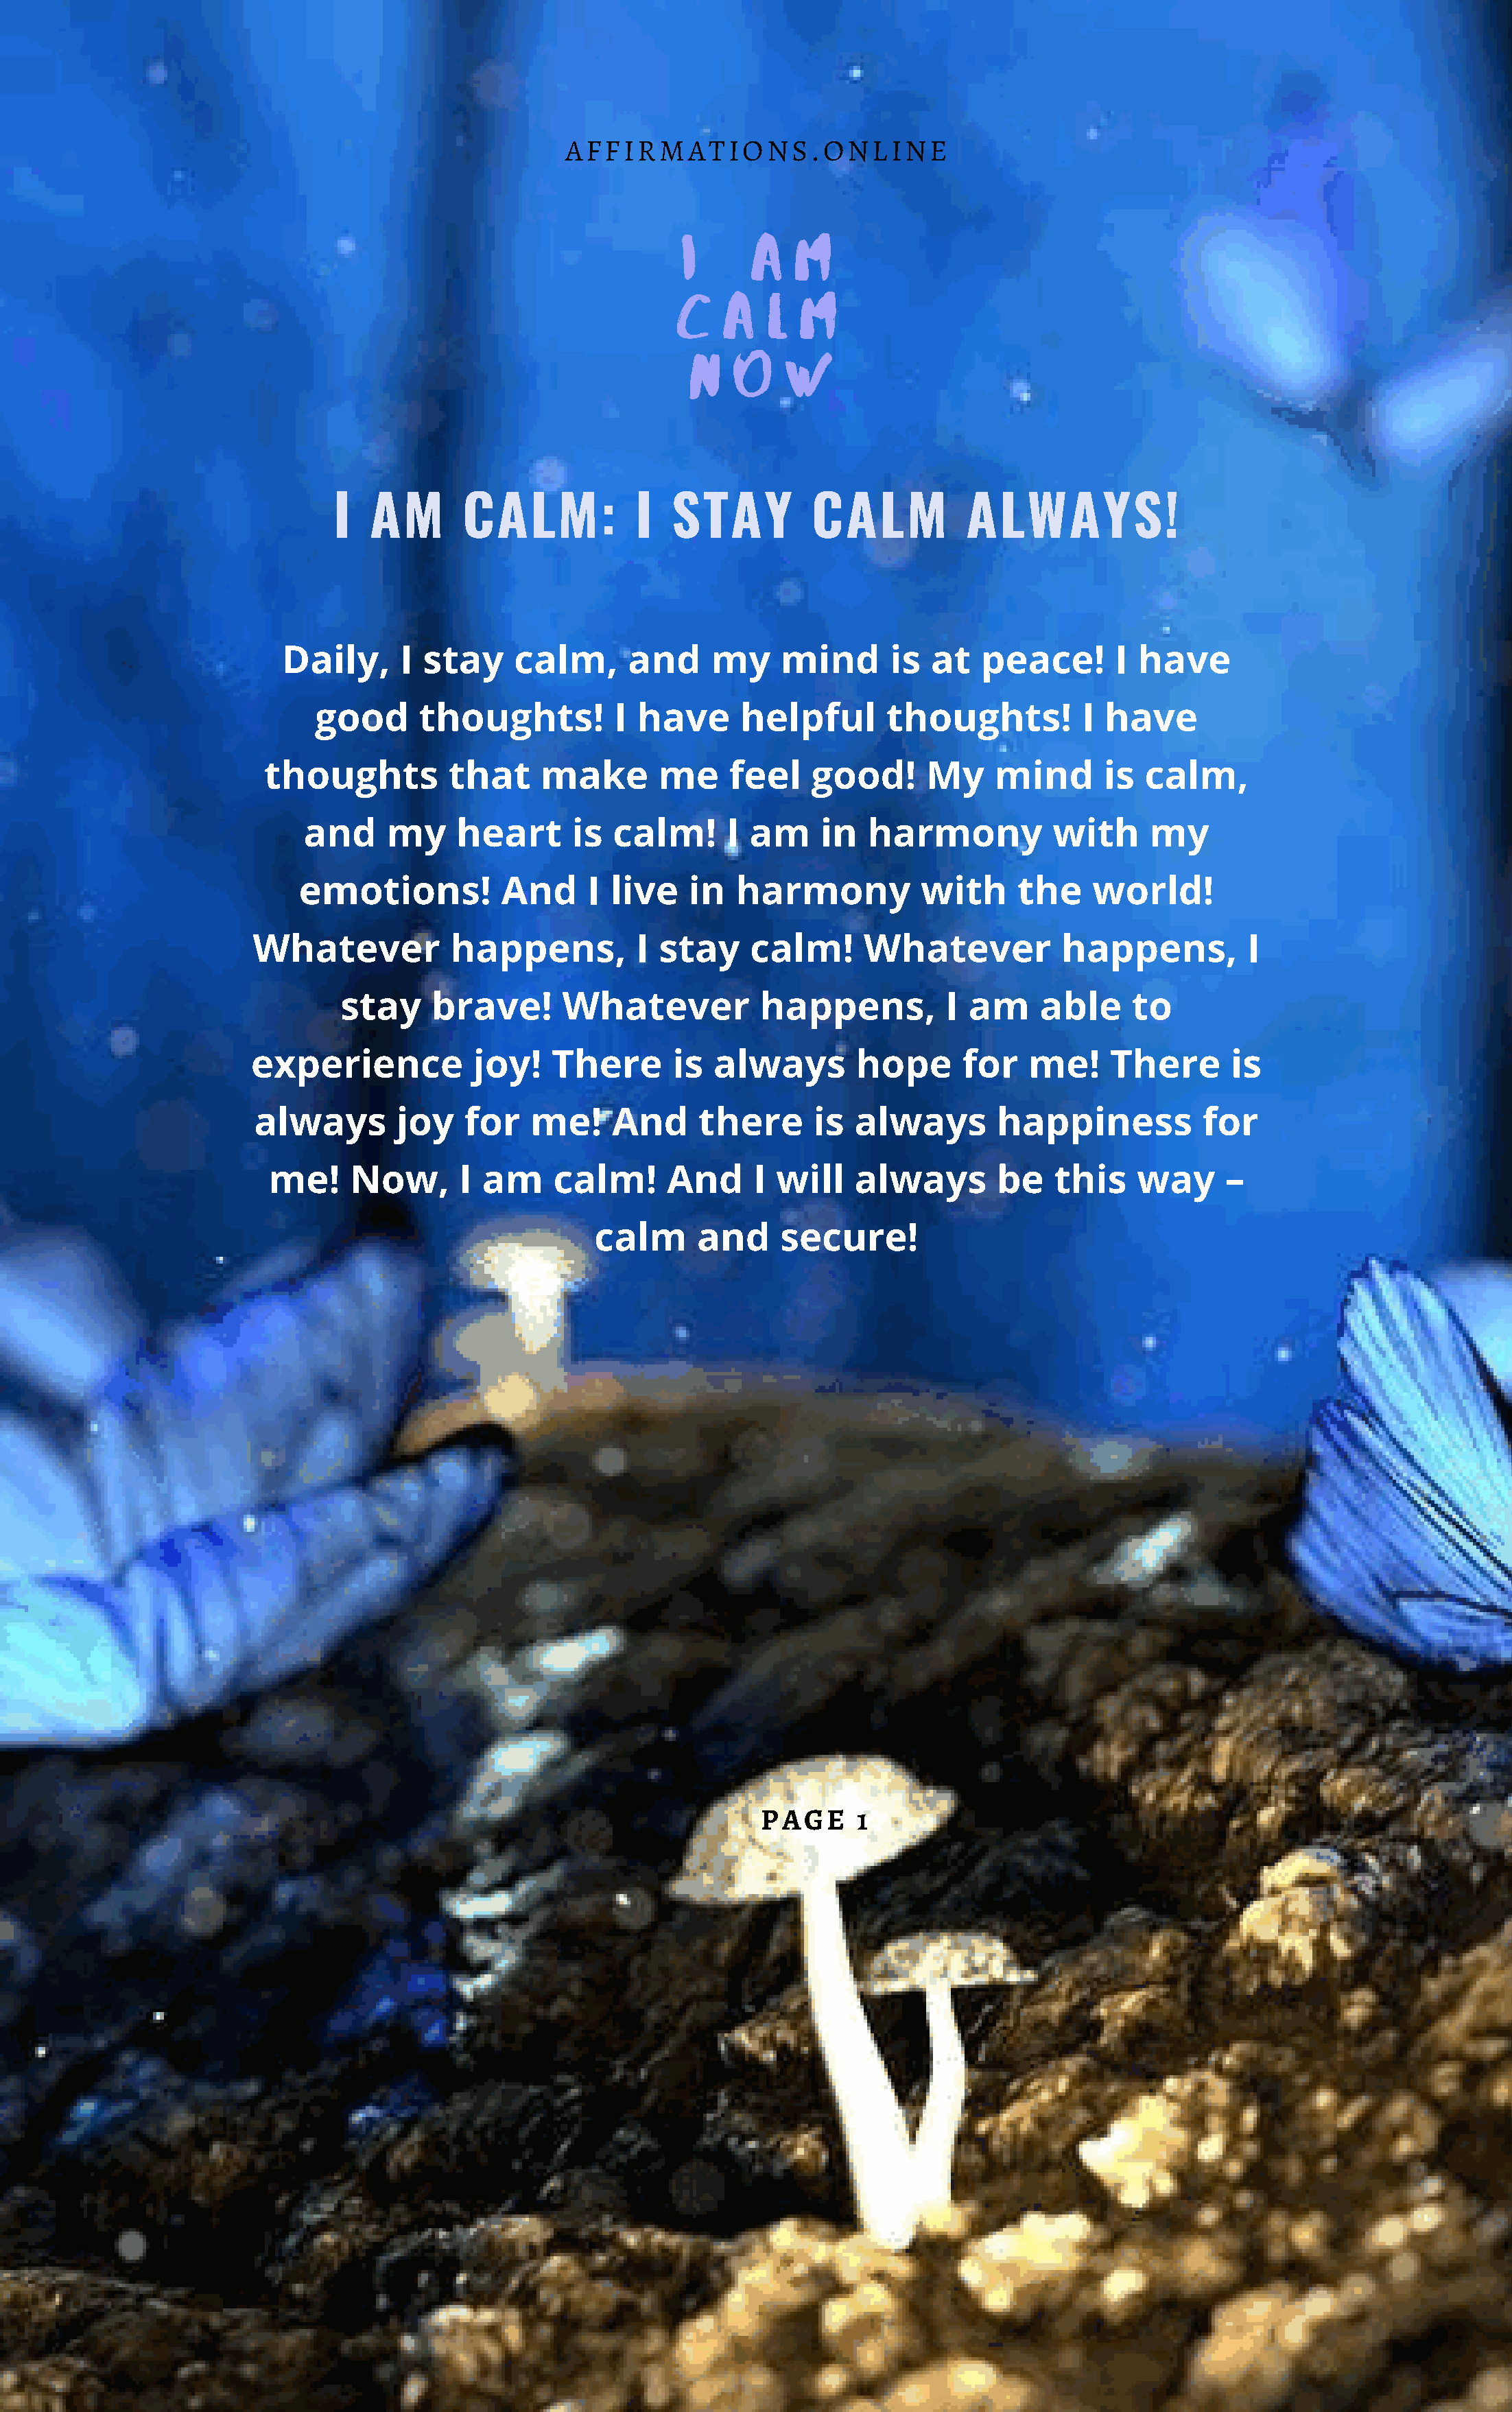
AFFIRMATIONS.ONLINE
 I     A    M
 C    A   L  M
 N    O    W
 I   AM       CALM:           I   STAY         CALM           ALWAYS!
 Daily,      I stay     calm,      and     my    mind       is  at   peace!       I have
 good      thoughts!          I have      helpful        thoughts!         I  have
 thoughts          that     make        me    feel    good!      My     mind      is  calm,
 and     my     heart      is  calm!      I am     in   harmony           with     my
 emotions!          And      I live   in   harmony           with     the    world!
 Whatever           happens,          I  stay    calm!      Whatever           happens,          I
 stay     brave!      Whatever           happens,          I am     able     to
 experience            joy!   There       is  always        hope      for   me!     There       is
 always       joy    for   me!     And     there      is  always        happiness           for
 me!     Now,      I  am    calm!      And      I will   always        be    this    way     –
 calm      and     secure!
 PAGE      1